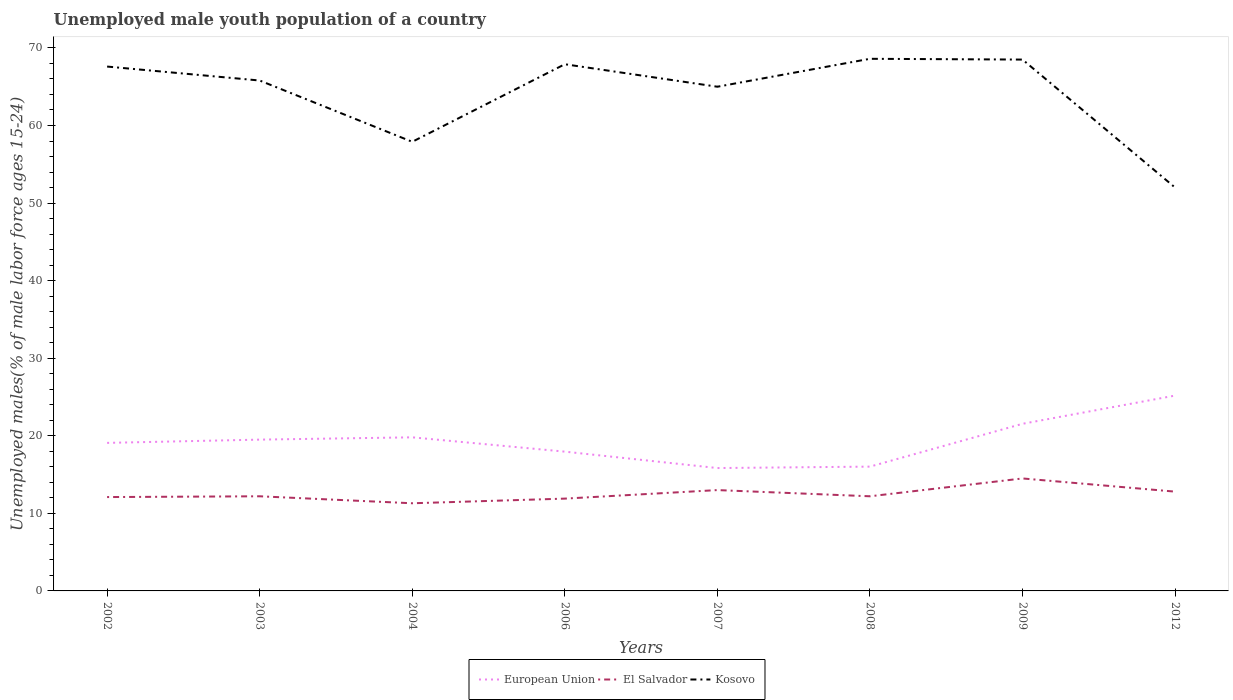
| Years | European Union | El Salvador | Kosovo |
 | --- | --- | --- | --- |
 | 2002 | 19.1 | 12.1 | 67.6 |
 | 2003 | 19.5 | 12.2 | 65.8 |
 | 2004 | 19.8 | 11.3 | 57.9 |
 | 2006 | 18 | 11.9 | 67.9 |
 | 2007 | 15.8 | 13 | 65 |
 | 2008 | 16 | 12.2 | 68.6 |
 | 2009 | 21.5 | 14.5 | 68.5 |
 | 2012 | 25.2 | 12.8 | 52 |